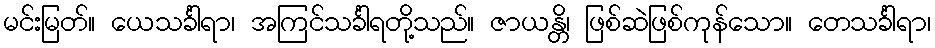
မင်းမြတ်။ ယေသင်္ခါရာ၊ အကြင်သင်္ခါရတို့သည်။ ဇာယန္တိ၊ ဖြစ်ဆဲဖြစ်ကုန်သော။ တေသင်္ခါရာ၊